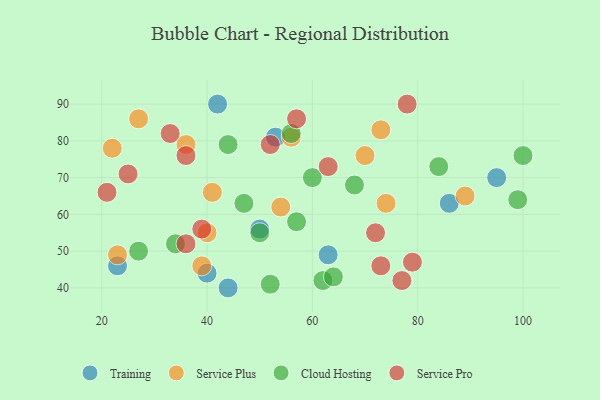
{"axis": {"x": "GDP", "y": "Life Expectancy"}, "legend": ["Cloud Hosting", "Service Plus", "Service Pro", "Training"], "data": [{"x": "95", "y": 70, "type": "Training"}, {"x": "44", "y": 40, "type": "Training"}, {"x": "63", "y": 49, "type": "Training"}, {"x": "50", "y": 56, "type": "Training"}, {"x": "86", "y": 63, "type": "Training"}, {"x": "23", "y": 46, "type": "Training"}, {"x": "40", "y": 44, "type": "Training"}, {"x": "42", "y": 90, "type": "Training"}, {"x": "53", "y": 81, "type": "Training"}, {"x": "54", "y": 62, "type": "Service Plus"}, {"x": "73", "y": 83, "type": "Service Plus"}, {"x": "40", "y": 55, "type": "Service Plus"}, {"x": "23", "y": 49, "type": "Service Plus"}, {"x": "27", "y": 86, "type": "Service Plus"}, {"x": "22", "y": 78, "type": "Service Plus"}, {"x": "89", "y": 65, "type": "Service Plus"}, {"x": "70", "y": 76, "type": "Service Plus"}, {"x": "36", "y": 79, "type": "Service Plus"}, {"x": "56", "y": 81, "type": "Service Plus"}, {"x": "74", "y": 63, "type": "Service Plus"}, {"x": "39", "y": 46, "type": "Service Plus"}, {"x": "41", "y": 66, "type": "Service Plus"}, {"x": "56", "y": 82, "type": "Cloud Hosting"}, {"x": "47", "y": 63, "type": "Cloud Hosting"}, {"x": "62", "y": 42, "type": "Cloud Hosting"}, {"x": "84", "y": 73, "type": "Cloud Hosting"}, {"x": "50", "y": 55, "type": "Cloud Hosting"}, {"x": "68", "y": 68, "type": "Cloud Hosting"}, {"x": "100", "y": 76, "type": "Cloud Hosting"}, {"x": "44", "y": 79, "type": "Cloud Hosting"}, {"x": "99", "y": 64, "type": "Cloud Hosting"}, {"x": "34", "y": 52, "type": "Cloud Hosting"}, {"x": "52", "y": 41, "type": "Cloud Hosting"}, {"x": "64", "y": 43, "type": "Cloud Hosting"}, {"x": "27", "y": 50, "type": "Cloud Hosting"}, {"x": "57", "y": 58, "type": "Cloud Hosting"}, {"x": "60", "y": 70, "type": "Cloud Hosting"}, {"x": "52", "y": 79, "type": "Service Pro"}, {"x": "25", "y": 71, "type": "Service Pro"}, {"x": "78", "y": 90, "type": "Service Pro"}, {"x": "21", "y": 66, "type": "Service Pro"}, {"x": "33", "y": 82, "type": "Service Pro"}, {"x": "73", "y": 46, "type": "Service Pro"}, {"x": "36", "y": 52, "type": "Service Pro"}, {"x": "63", "y": 73, "type": "Service Pro"}, {"x": "57", "y": 86, "type": "Service Pro"}, {"x": "77", "y": 42, "type": "Service Pro"}, {"x": "79", "y": 47, "type": "Service Pro"}, {"x": "36", "y": 76, "type": "Service Pro"}, {"x": "39", "y": 56, "type": "Service Pro"}, {"x": "72", "y": 55, "type": "Service Pro"}]}